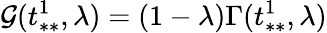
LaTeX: \mathcal{G}(t_{**}^{1},\lambda)=(1-\lambda)\Gamma(t_{**}^{1},\lambda)